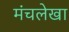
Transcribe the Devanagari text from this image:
मंचलेखा